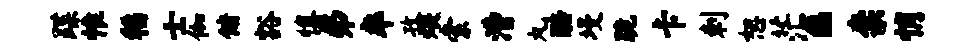
蹀惟稻士伽储豁慎弗率孜煨索漕丸醅墁跪卡剌恕茫a柰悄